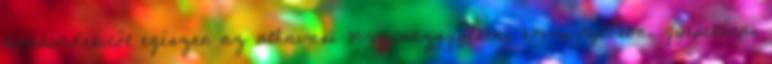
dombvidékitől egészen az alhavasi övig mezsgyéken, köves lejtőkön, gyepekben,